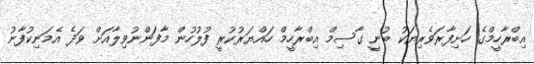
އިބްރާހީމްގެ ހަށިފާރަވެރިޔަކު ބުނީ ގާސިމް އިބްރާހީމް ހައްޔަރުކުރީ ފުލުހުން މާފަންނުވިލާއަށް ވަދެ އެމަނިކުފާނު